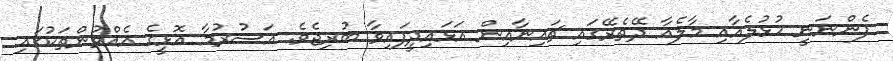
ފެންނަނީ ހުޅުލެއާއި މާލެއާ ދޭތެރޭގައި ޗައިނާއިން އަޅައިދީފައިވާ ބުރިޖެވެ. އަސުރުމާ އޮޅީގެ އެއްވުންތަކުގައި